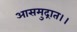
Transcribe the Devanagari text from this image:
आसमुद्रात।।